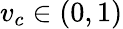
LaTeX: v_{c}\in(0,1)